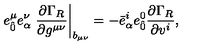
e _ { \hat { 0 } } ^ { \mu } e _ { \alpha } ^ { \nu } \left. \frac { \partial \Gamma _ { R } } { \partial g ^ { \mu \nu } } \right| _ { b _ { \mu \nu } } = - { \bar { e } } _ { \alpha } ^ { i } { e } _ { \hat { 0 } } ^ { 0 } \frac { \partial \Gamma _ { R } } { \partial v ^ { i } } ,